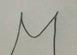
Signature authenticity: genuine